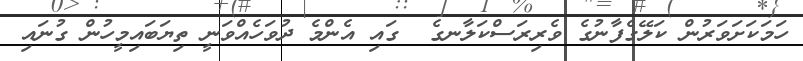
ހަމަކަށަވަރުން ކަލޭގެފާނުގެ ވެރިރަސްކަލާނގެ  ގައި އެންމެ ދުވަހެއްވަނީ ތިޔަބައިމީހުން ގުނައި